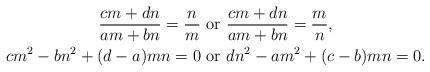
LaTeX: \begin{align*}\frac{cm+dn}{am+bn}=\frac{n}{m}\textrm{ or }&\frac{cm+dn}{am+bn}=\frac{m}{n},\\cm^2-bn^2+(d-a)mn=0 \textrm{ or }& dn^2-am^2+(c-b)mn=0.\end{align*}